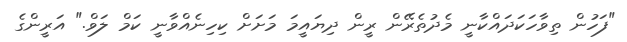
"ފަހުން ތިވާހަކަދައްކާނީ މެދުތެރޭން ރީން ދިޔައީމަ މަށަށް ކިހިނެއްވާނީ ކަމް ލަވް." އަރީންގެ